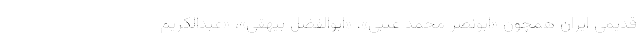
قدیمی ایران همچون «ابونصر محمد عُتبی»، «ابوالفضل بيهقی»، «عبدالکریم